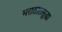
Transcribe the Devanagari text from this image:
मराठीतसुद्धा